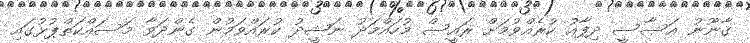
ޤާނޫނު އަސާސީ ދިފާއު ކުރެއްވުމަށް ރައީސް މުހައްމަދު ނަޝީދު ކުރައްވަމުން ގެންދަވާ މަސައްކަތްޕުޅުގައި